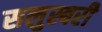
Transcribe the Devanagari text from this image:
सलुस्बरी